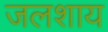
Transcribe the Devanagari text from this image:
जलशाय